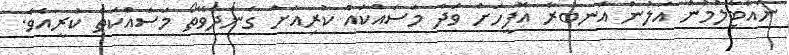
ނައްޓާލުމުން އަލުން އަނބުރާ އޮފީހަށް ވަދެ މަސައްކައް ކުރިއަށް ގެންދެވޭތޯ މަސައްކަތް ކުރީއެވެ.